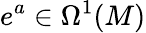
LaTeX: e^{a}\in\Omega^{1}(M)